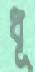
ধূ